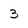
Character: 3